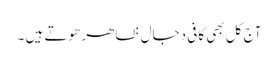
آج کل بھی کافی دجال ظاھر ھوتے ہیں ۔